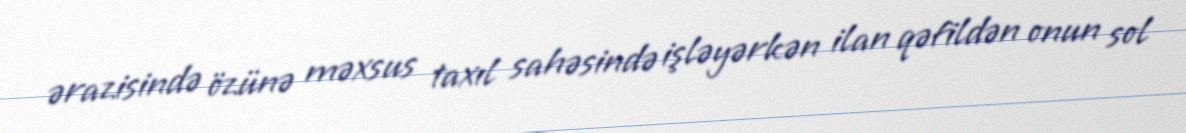
ərazisində özünə məxsus taxıl sahəsində işləyərkən ilan qəfildən onun sol